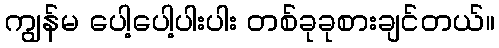
ကျွန်မ ပေါ့ပေါ့ပါးပါး တစ်ခုခုစားချင်တယ်။